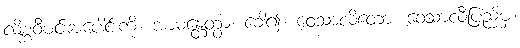
လိစ္ဆဝီမင်းအပေါင်းကို။ အာမန္တေတွာ၊ ခေါ်၍။ ဝေသာလိတော၊ ဝေသာလီပြည်မှ။